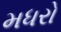
મધરો